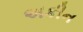
અકીન